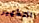
التطهير